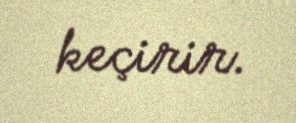
keçirir.